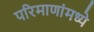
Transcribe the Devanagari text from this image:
परिमाणांमध्ये